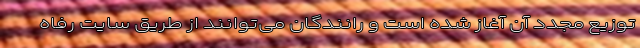
توزیع مجدد آن آغاز شده است و رانندگان می‌توانند از طریق سایت رفاه